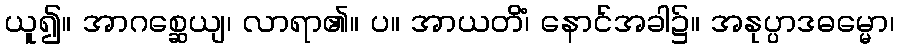
ယူ၍။ အာဂစ္ဆေယျ၊ လာရာ၏။ ပ။ အာယတိံ၊ နောင်အခါ၌။ အနုပ္ပာဒဓမ္မော၊